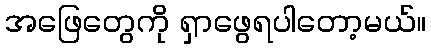
အဖြေတွေကို ရှာဖွေရပါတော့မယ်။